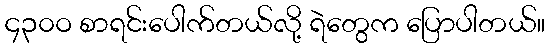
၄၃၀ဝ စာရင်းပေါက်တယ်လို့ ရဲတွေက ပြောပါတယ်။